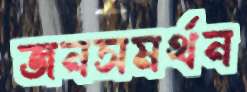
জনসমর্থন